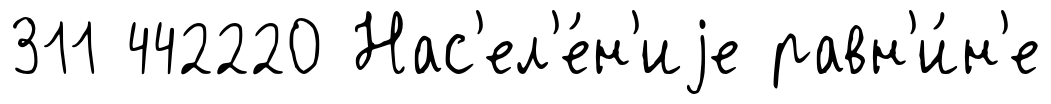
311 442220 Нас'ел'е́н'иjе равн'и́н'е